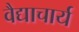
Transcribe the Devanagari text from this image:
वैद्याचार्य